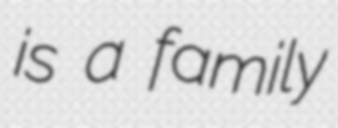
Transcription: is a family